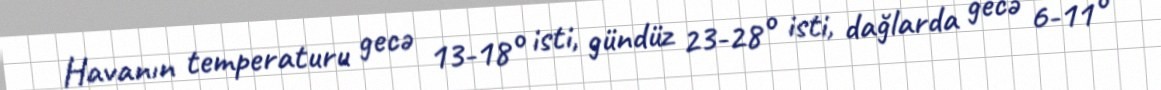
Havanın temperaturu gecə 13-18° isti, gündüz 23-28° isti, dağlarda gecə 6-11°